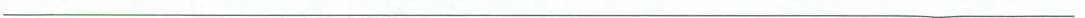
___